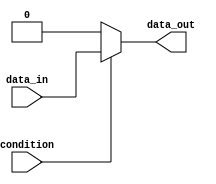
module conditional_example(
    input wire condition,
    input wire data_in,
    output reg data_out
);

initial begin
    if (condition) begin
        // Execute this block of code if condition is true
        data_out = data_in;
    end else begin
        // Execute this block of code if condition is false
        data_out = 0;
    end
end

endmodule